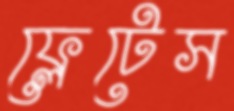
ফ্লেটেস